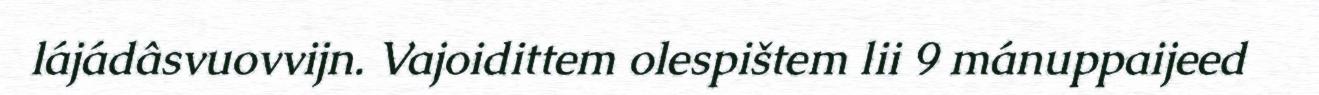
lájádâsvuovvijn. Vajoidittem olespištem lii 9 mánuppaijeed